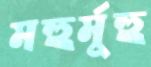
মহুর্মুহু